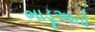
ભાડૂઆતો